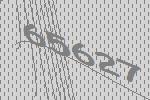
65627